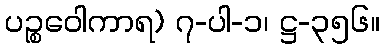
ပဉ္စဝေါကာရ) ၇-ပါ-၁၊ ဋ္ဌ-၃၅၆။